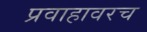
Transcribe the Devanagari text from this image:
प्रवाहावरच